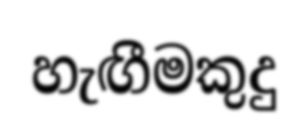
හැඟීමකුදු